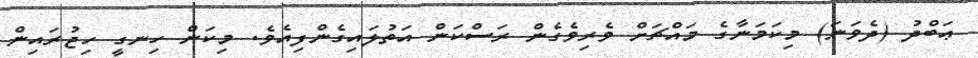
ޢަބްދު (ދެވަނަ) މިކަމަނާގެ މައްޗަށް ވެރިވެގެން ރަސްކަން އަތުލައިގެންފިއެވެ. މިކަން ހިނގީ ހިޖުރައިން